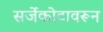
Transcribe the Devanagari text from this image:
सर्जेकोटावरून